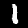
Digit: 1